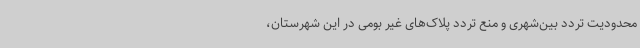
محدودیت تردد بین‌شهری و منع تردد پلاک‌های غیر بومی در این شهرستان،